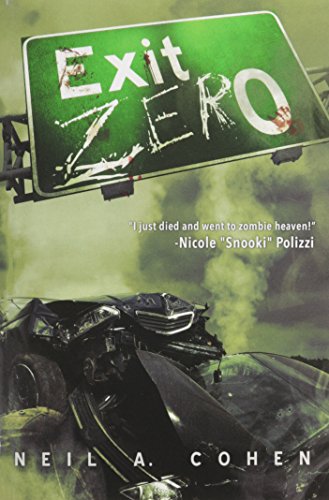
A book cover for Exit Zero; Neil A. Cohen; Science Fiction & Fantasy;